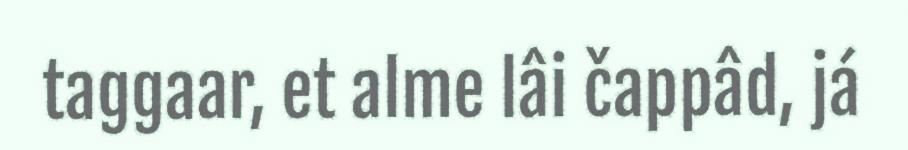
taggaar, et alme lâi čappâd, já